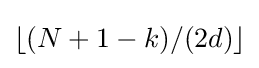
\lfloor (N+1-k)/(2d)\rfloor